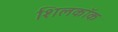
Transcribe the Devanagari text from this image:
शिलकॉक